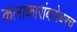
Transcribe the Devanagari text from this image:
कलाकारांबरोबरच